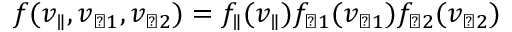
f ( v _ { \parallel } , v _ { \perp 1 } , v _ { \perp 2 } ) = f _ { \parallel } ( v _ { \parallel } ) f _ { \perp 1 } ( v _ { \perp 1 } ) f _ { \perp 2 } ( v _ { \perp 2 } )